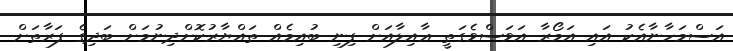
އަސްމަހާނާއެކު އައި އަމޯރާ އަވަސްވެގަތީ ޢާއިލާއަށް ފިނި ބުއިމެއް ތައްޔާރުކޮށްދިނުމަށް ބަދިގެ ފަރާތަށް